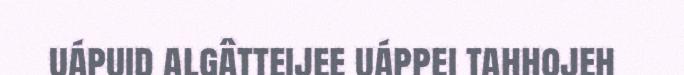
uápuid algâtteijee uáppei tahhojeh